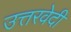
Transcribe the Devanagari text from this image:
उत्तरवेदी